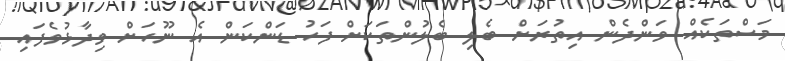
މަސްތަކެއް ވަންދެން އިތުރަށް ބެލި ބެލުންތަކަށް ފަހު ޑަންކަން އެ ނޫހަށް ވިދާޅުވެފައި